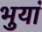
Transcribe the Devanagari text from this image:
भुयां